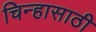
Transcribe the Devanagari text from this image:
चिन्हासाठी